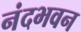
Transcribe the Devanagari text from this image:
नंदभवन